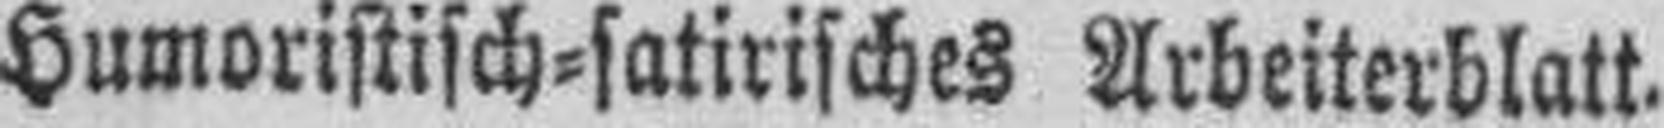
Humoristisch=satirisches Arbeiterblatt.